Lunatic asylums Central Provinces reports 1895-1909 - 1895-1909
Year: 1895
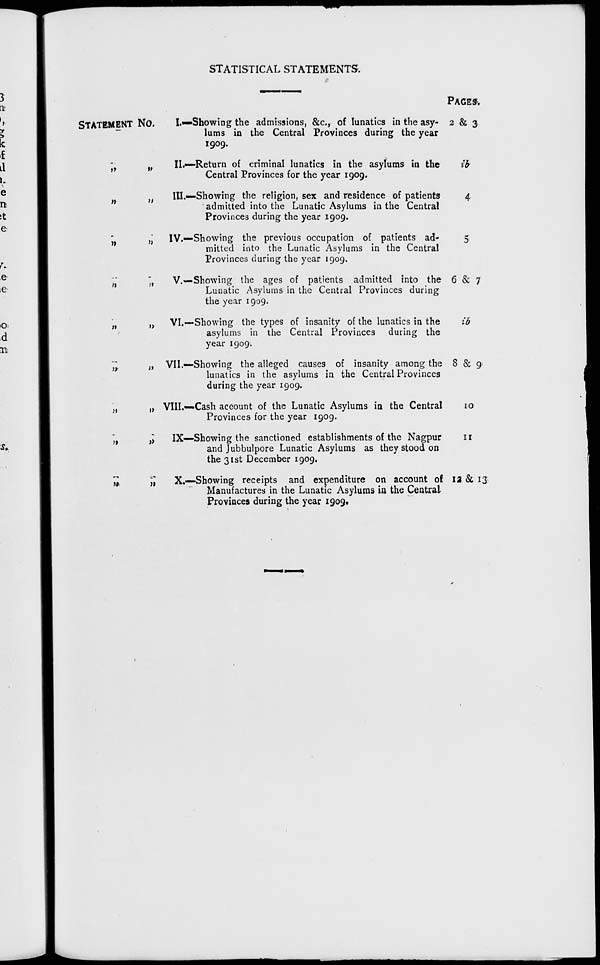
STATISTICAL STATEMENTS.
STATEMENT No.
„ „
„ „
„ „
„ „
„ „
„ „
„
„
„
„
„
„
I.—Showing
the admissions, &c, of lunatics in the asy-
lums in the Central Provinces during the year
1909.
II.—Return of criminal lunatics in the asylums in the
Central Provinces for the year 1909.
III.—Showing the religion, sex and residence of patients
admitted into the Lunatic Asylums in the Central
Provinces during the year 1909.
IV.—Showing the previous occupation of patients ad-
mitted into the Lunatic Asylums in the Central
Provinces during the year 1909.
V.—Showing the ages of patients admitted into the
Lunatic Asylums in the Central Provinces during
the year 1909.
VI.—Showing the types of insanity of the lunatics in the
asylums in the Central Provinces during the
year 1909.
VII.—Showing the alleged causes of insanity among the
lunatics in the asylums in the Central Provinces
during the year 1909.
VIII.—Cash account of the Lunatic Asylums in the Central
Provinces for the year 1909.
IX—Showing the sanctioned establishments of the Nagpur
and Jubbulpore Lunatic Asylums as they stood on
the 31st December 1909.
X.—Showing receipts and expenditure on account of
Manufactures in the Lunatic Asylums in the Central
Provinces during the year 1909.
PAGES.
2 & 3
ib
4
5
6 & 7
ib
8 & 9
10
11
12 & 13